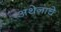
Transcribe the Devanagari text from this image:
अथेनाचे